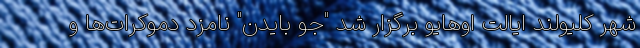
شهر کلیولند ایالت اوهایو برگزار شد "جو بایدن" نامزد دموکرات‌ها و